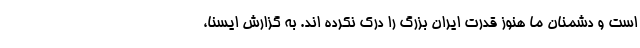
است و دشمنان ما هنوز قدرت ایران بزرگ را درک نکرده اند. به گزارش ایسنا،